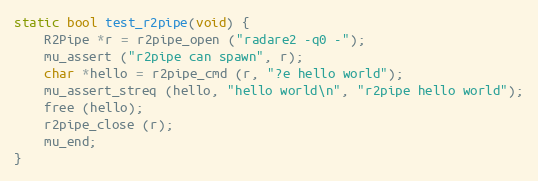
Language: C
static bool test_r2pipe(void) {
	R2Pipe *r = r2pipe_open ("radare2 -q0 -");
	mu_assert ("r2pipe can spawn", r);
	char *hello = r2pipe_cmd (r, "?e hello world");
	mu_assert_streq (hello, "hello world\n", "r2pipe hello world");
	free (hello);
	r2pipe_close (r);
	mu_end;
}